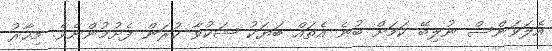
އެލަވަންސް ނުލިބޭ ކަމަށް ބުނެ އެތައް ބަޔަކު ޝަކުވާ ކުރަން ފެށުމުންނެވެ. މިހާރު